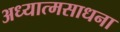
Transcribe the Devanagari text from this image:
अध्यात्मसाधना